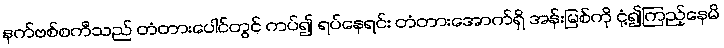
နက်ဗစ်စကီသည် တံတားပေါင်တွင် ကပ်၍ ရပ်နေရင်း တံတားအောက်ရှိ အန်းမြစ်ကို ငုံ့၍ကြည့်နေမိ